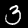
Digit: 3